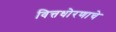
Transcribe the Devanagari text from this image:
वित्तधोरणाचे